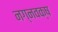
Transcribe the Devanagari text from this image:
नग्नवक्ष